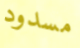
مسدود